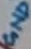
Text: GND